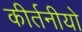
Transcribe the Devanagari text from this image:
कीर्तनीयो